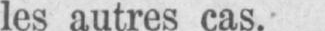
les autres cas.